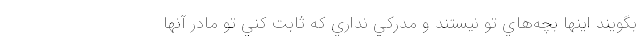
بگويند اينها بچه‌هاي تو نيستند و مدركي نداري كه ثابت كني تو مادر آنها